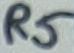
Text: R5